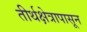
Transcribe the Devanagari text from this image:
तीर्थक्षेत्रापासून